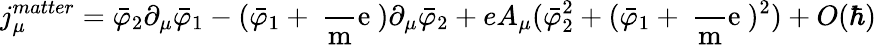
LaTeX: j_{\mu}^{matter}=\bar{\varphi}_{2}\partial_{\mu}\bar{\varphi}_{1}-(\bar{\varphi}_{1}+\mathrm{~\frac~me~})\partial_{\mu}\bar{\varphi}_{2}+eA_{\mu}(\bar{\varphi}_{2}^{2}+(\bar{\varphi}_{1}+\mathrm{~\frac~me~})^{2})+O(\hbar)